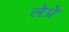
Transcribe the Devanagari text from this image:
लेप्रे